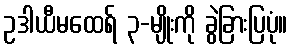
ဥဒါယီမထေရ် ၃-မျိုးကို ခွဲခြားပြပုံ။